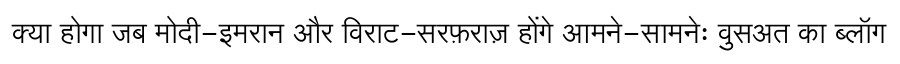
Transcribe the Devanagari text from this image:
क्या होगा जब मोदी-इमरान और विराट-सरफ़राज़ होंगे आमने-सामनेः वुसअत का ब्लॉग